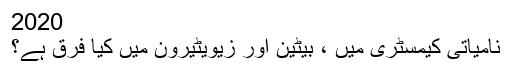
2020
نامیاتی کیمسٹری میں ، بیٹین اور زیویٹیرون میں کیا فرق ہے؟